Report on lock hospitals in British Burma
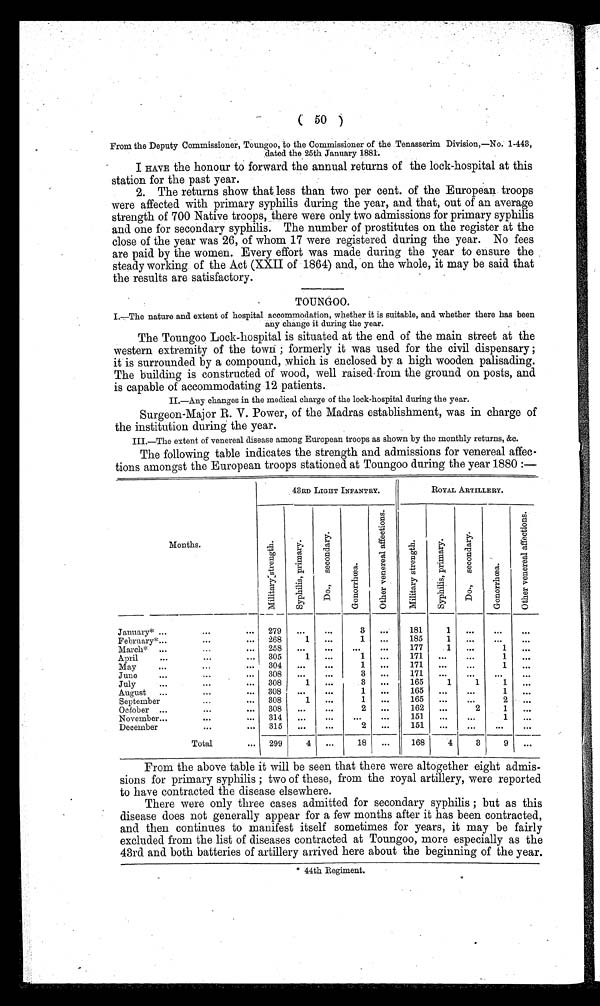
( 50 )
From the Deputy Commissioner, Toungoo, to the Commissioner of the Tenasserim Division,—No. 1.443,
dated the 25th January 1881.
I HAVE the honour to forward the annual returns of the lock-hospital at this
station for the past year.
2. The returns show that less than two per cent. of the European troops
were affected with primary syphilis during the year, and that, out of an average
strength of 700 Native troops, there were only two admissions for primary syphilis
and one for secondary syphilis. The number of prostitutes on the register at the
close of the year was 26, of whom 17 were registered during the year. No fees
are paid by the women. Every effort was made during the year to ensure the
steady working of the Act (XXII of 1864) and, on the whole, it may be said that
t h e r e s u l t s a r e s a t i s f a c t o r y .
I . —T h e n a t u r e a n d e x t e n t o f h o s p i t a l a c c o mmo d a t i o n , wh e t h e r i t i s s u i t a b l e , a n d wh e t h e r t h e r e h a s b e e n
any change it during the year.
The Toungoo Lock-hospital is situated at the end of the main street at the
western extremity of the town ; formerly it was used for the civil dispensary ;
it is surrounded by a compound, which is enclosed by a high wooden palisading.
The building is constructed of wood, well raised from the ground on posts, and
is capable of accommodating 12 patients.
II.—Any changes in the medical charge of the lock-hospital during the year.
Surgeon-Major R. V. Power, of the Madras establishment, was in charge of
the institution during the year.
III.—The extent of venereal disease among European troops as shown by the monthly returns, &c.
The following table indicates the strength and admissions for venereal affec-
tions amongst the European troops stationed at Toungoo during the year 1880 :—
43RD LIGHT INFANTRY.
ROYAL ARTILLERY.
Months.
M i l i t r a r y s t r e n g t h .
S y p h i l i s , p r i m a r y .
D o . , S e c o n d a r y
G o n o r r h œ a .
O t h e r v e n e r a l a f f e c t i o n s .
M i l i t a r y s t r e n g t h . S y p h i l i s , p r i m a r y .
D o . , S e c o n d a r y .
G o n o r r h œ a .
O t h e r v e n e r e a l a f f e c t i o n s .
January* ...
...
... 279
...
...
3
...
181
1
...
. . .
. . .
February ... ...
... 268
1
...
1
...
185
1
...
...
...
March* ...
. . .
... 258
...
...
...
177
1
...
1
. . .
April
...
...
... 305
1
...
1
...
171
...
1
. . .
May
...
. . .
... 304
. . .
1
. . .
171
...
1
. . .
June
...
. . .
... 308
...
. . .
3
...
171
...
...
. . .
. . .
July ...
...
... 308
1
. . .
3
...
165
1
1
1
...
August ...
...
... 308
. . .
. . .
1
. . .
165
...
...
1
...
September ...
. . .
... 308
1
. . .
1
...
165
...
2 . . .
October ...
. . .
. . .
308
...
...
2
...
162
...
2
1
November ...
. . .
. . . 314
. . .
. . .
...
151
...
...
1
...
December ...
...
... 315
...
. . .
2
...
151
...
. . .
. . .
. . .
Total
... 299
4
...
18
...
168
4
3
9
...
From the above table it will be seen that there were altogether eight admis-
sions for primary syphilis ; two of these, from the royal artillery, were reported
to have contracted the disease elsewhere.
There were only three cases admitted for secondary syphilis ; but as this
disease does not generally appear for a few months after it has been contracted,
and then continues to manifest itself sometimes for years, it may be fairly
excluded from the list of diseases contracted at Toungoo, more especially as the
43rd and both batteries of artillery arrived here about the beginning of the year.
* 44th Regiment.